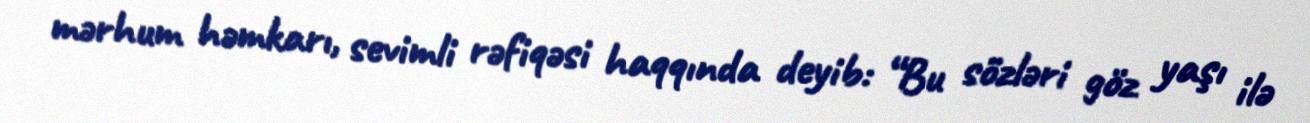
mərhum həmkarı, sevimli rəfiqəsi haqqında deyib: “Bu sözləri göz yaşı ilə